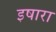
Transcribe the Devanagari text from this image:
इषारा